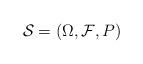
LaTeX: \begin{align*}\mathcal S=(\Omega , {\mathcal F}, P)\end{align*}